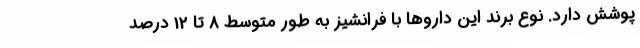
پوشش دارد. نوع برند این داروها با فرانشیز به طور متوسط 8 تا 12 درصد